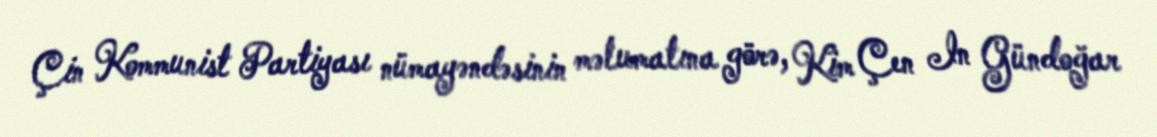
Çin Kommunist Partiyası nümayəndəsinin məlumatına görə, Kim Çen In Gündoğar